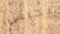
يحبس